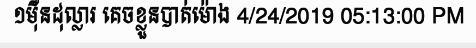
១ម៉ឺនដុល្លារ គេចខ្លួនបាត់ម៉ោង 4/24/2019 05:13:00 PM